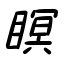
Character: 瞑